Vaccination in Bombay 1913-1923 - 1913-1923
Year: 1913
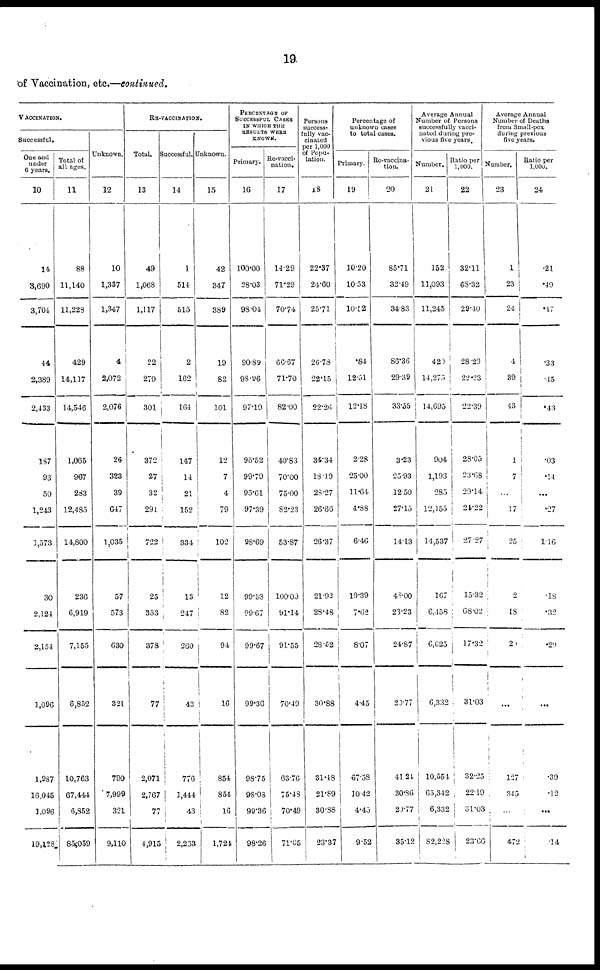
19
of Vaccination, etc.—continued.
VACCINATION.
Successful.
One and
under
6 years.
10
14
3,690
3,704
44
2,389
2,433
187
93
50
1,243
1,573
30
2,124
2,154
1,096
1,987
16,045
1,096
19,128
Total of
all ages.
11
88
11,140
11,228
429
14,117
14,546
1,065
967
283
12,485
14,800
236
6,919
7,155
6,852
10,763
67,444
6,852
85,059
Unknown.
12
10
1,337
1,347
4
2,072
2,076
26
323
39
647
1,035
57
573
630
321
790
7,999
321
9,110
RE-VACCINATION.
Total.
13
49
1,068
1,117
22
279
301
372
27
32
291
722
25
353
378
77
2,071
2,767
77
4,915
Successful.
14
1
514
515
2
162
164
147
14
21
152
334
13
247
260
43
776
1,444
43
2,263
Unknown.
15
42
347
389
19
82
101
12
7
4
79
102
12
82
94
16
854
854
16
1,721
PERCENTAGE OF
SUCCESSFUL CASES
IN WHICH THE
RESULTS WERE
KNOWN.
Primary.
16
100.00
28.03
98.04
90.89
98.96
97.19
95.52
99.79
95.61
97.39
98.69
99.53
99.67
99.67
99.36
98.75
98.03
99.36
98.26
Re-vacci-
nation.
17
14.29
71.29
70.74
66.67
71.70
82.00
40.83
70.00
75.00
82.23
53.87
100.00
91.14
91.55
70.49
63.76
75.43
70.49
71.05
Persons
success-
fully vac-
cinated
per 1,000
of Popu-
lation.
18
22.37
24.60
25.71
26.78
22.15
22.26
34.34
18.19
23.27
26.66
26.37
21.92
28.48
28.52
30.88
31.48
21.89
30.88
23.37
Percentage of
unknown cases
to total cases.
Primary.
19
10.20
10.53
10.52
.84
12.51
12.18
2.28
25.00
11.64
4.88
6.46
19.39
7.62
8.07
4.45
67.58
10.42
4.45
9.52
Re-vaccina-
tion.
20
85.71
32.49
34.83
86.36
29.39
33.55
3.23
25.93
12.50
27.15
14.13
48.00
23.23
24.87
20.77
41.24
30.86
20.77
35.12
Average Annual
Number of Persons
successfully vacci-
nated during pre-
vious five years.
Number.
21
152
11,093
11,245
420
14,275
14,695
904
1,193
285
12,155
14,537
167
6,458
6,625
6,332
10,554
65,342
6,332
82,228
Ratio per
1,000.
22
32.11
68.32
29.40
28.29
22.23
22.39
28.05
23.68
29.14
21.22
27.27
15.32
68.02
17.32
31.03
32.25
22.19
31.03
23.66
Average Annual
Number of Deaths
from Small-pox
during previous
five years.
Number.
23
1
23
24
4
89
43
1
7
...
17
25
2
18
20
...
1.27
345
...
472
Ratio per
1,000.
24
.21
.49
.47
.33
.45
.43
.03
.14
...
.27
1.16
.18
.32
.29
...
.39
.12
...
.14